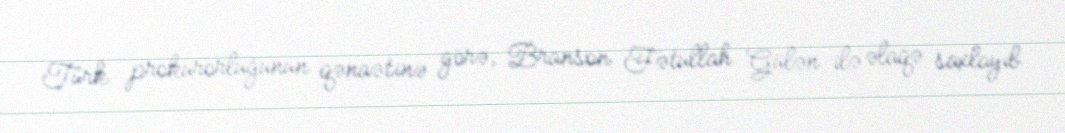
Türk prokurorluğunun qənaətinə görə, Branson Fətullah Gülən ilə əlaqə saxlayıb